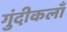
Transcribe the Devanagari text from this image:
गुंदीकलाँ